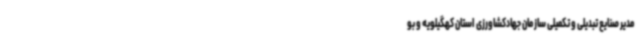
مدیر صنایع تبدیلی و تکمیلی سازمان جهادکشاورزی استان کهگیلویه و بو